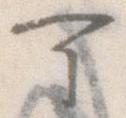
可